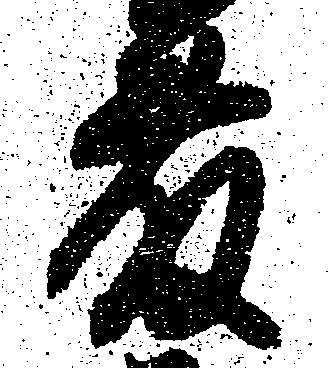
藤